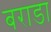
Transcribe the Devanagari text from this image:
बराडा